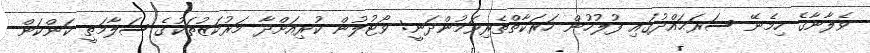
ވެލާނާގެ ހިމެނޭ ސަރަޙައްދުގައި ފުލުހުން ހަރަކާތްތެރިވަމުންދަނީ: ވޯޓުލުން ކުރިއަށްދާ މަރުކަޒުތަކުގެ ސަލާމަތީ ކަންކަން